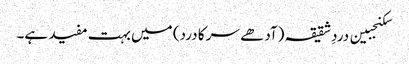
سکنجبین دردِ شقیقہ (آدھے سر کا درد) میں بہت مفید ہے۔